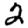
Digit: 2